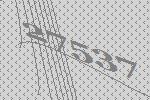
27537